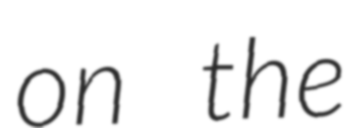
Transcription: on the